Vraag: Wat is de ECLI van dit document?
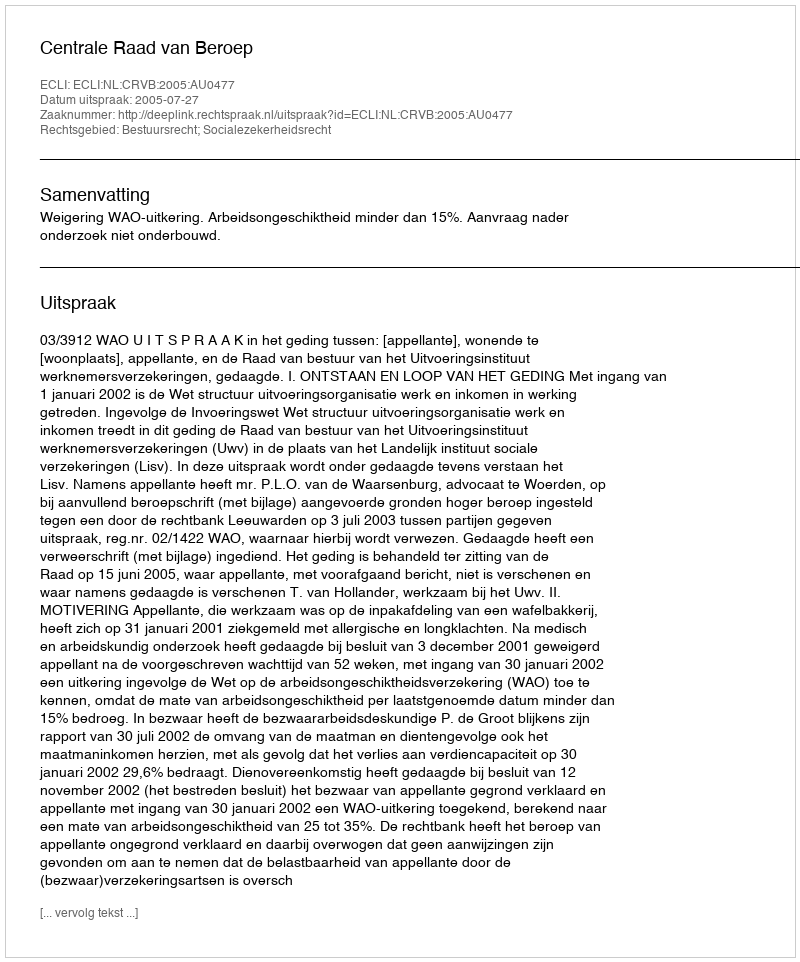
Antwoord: ECLI:NL:CRVB:2005:AU0477